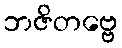
ဘဇိတဗ္ဗေ